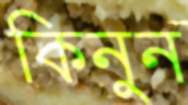
কিনুন